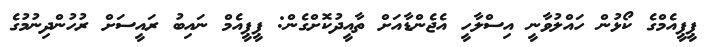
ޕީޕީއެމްގެ ކޯޅުން ހައްލުވާނީ އިސްލާހީ އެޖެންޑާއަށް ތާއީދުކޮށްގެން: ޕީޕީއެމް ނައިބު ރައީސަށް ރުހުންދިނުމުގެ